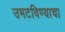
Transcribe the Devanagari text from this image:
उमटविण्याचा